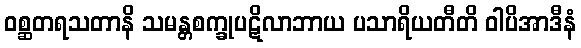
ဝစ္ဆတရသတာနိ သမန္တစက္ခုပဋိလာဘာယ ပသာရိယတီတိ ဝါပိအာဒီနံ